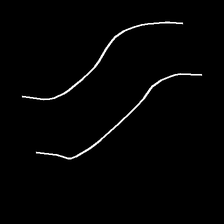
Glyph: float